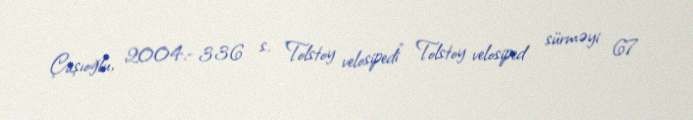
Çaşıoğlu, 2004.- 336 s. "Tolstoy velosipedi" Tolstoy velosiped sürməyi 67